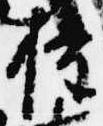
権